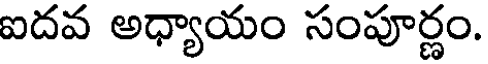
ఐదవ అధ్యాయం సంపూర్ణం.